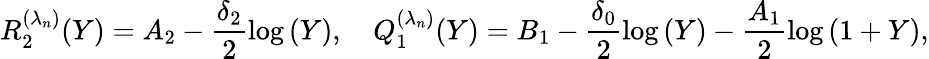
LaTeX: R_{2}^{(\lambda_{n})}(Y)=A_{2}-\frac{\delta_{2}}{2}\log{(Y)},\quad Q_{1}^{(\lambda_{n})}(Y)=B_{1}-\frac{\delta_{0}}{2}\log{(Y)}-\frac{A_{1}}{2}\log{(1+Y)},